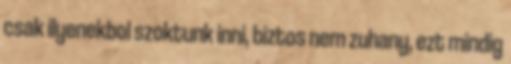
csak ilyenekbol szoktunk inni, biztos nem zuhany, ezt mindig